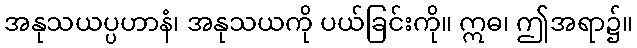
အနုသယပ္ပဟာနံ၊ အနုသယကို ပယ်ခြင်းကို။ ဣဓ၊ ဤအရာ၌။